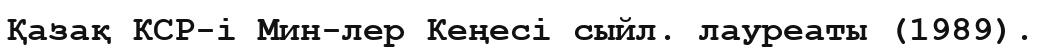
Қазақ КСР-і Мин-лер Кеңесі сыйл. лауреаты (1989).